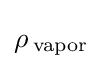
\rho \,_{\rm {vapor}}